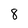
Character: 8